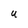
Character: u